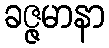
ခဇ္ဇမာနာ